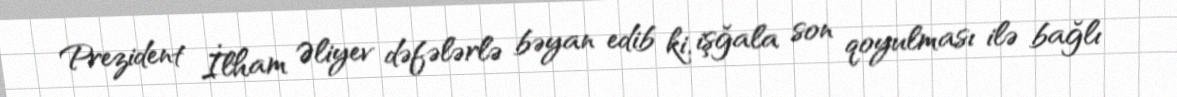
Prezident İlham Əliyev dəfələrlə bəyan edib ki, işğala son qoyulması ilə bağlı